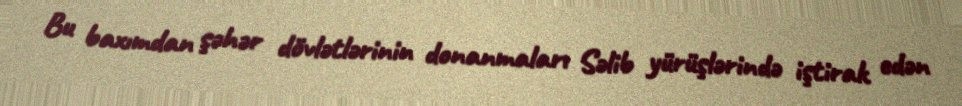
Bu baxımdan şəhər dövlətlərinin donanmaları Səlib yürüşlərində iştirak edən